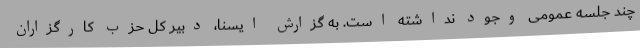
چند جلسه عمومی وجود نداشته است. به گزارش ایسنا، دبیر کل حزب کارگزاران